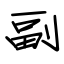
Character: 副